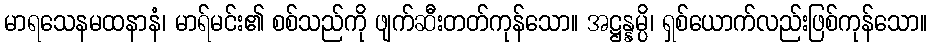
မာရသေနမထနာနံ၊ မာရ်မင်း၏ စစ်သည်ကို ဖျက်ဆီးတတ်ကုန်သော။ အဋ္ဌန္နမ္ပိ၊ ရှစ်ယောက်လည်းဖြစ်ကုန်သော။